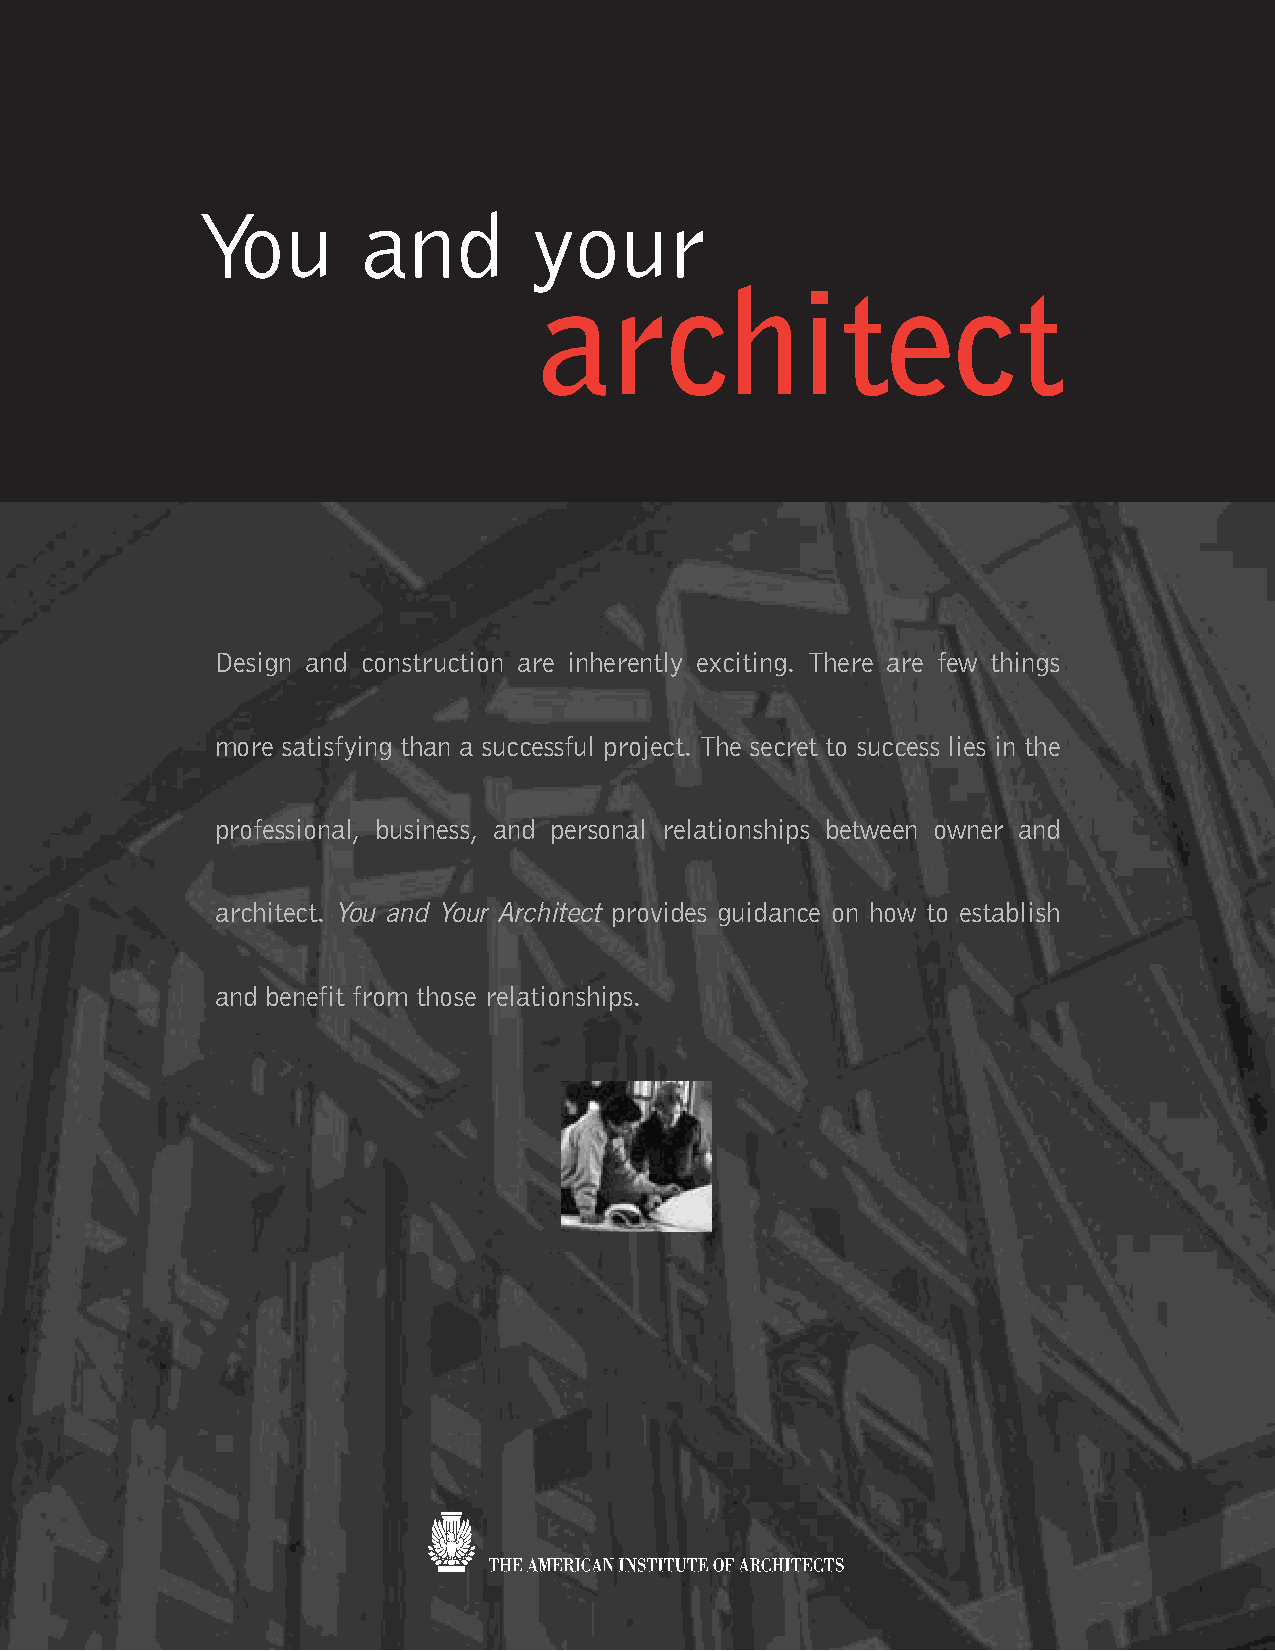
You        and        your
 architect
 Design and construction are inherently exciting. There are few things
 more satisfying than a successful project. The secret to success lies in the
 professional, business, and personal relationships between owner and
 architect. You and Your Architect provides guidance on how to establish
 and benefit from those relationships.